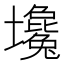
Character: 𡓦